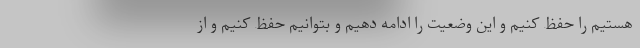
هستیم را حفظ کنیم و این وضعیت را ادامه دهیم و بتوانیم حفظ کنیم و از